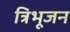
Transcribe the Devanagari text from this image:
त्रिभूजन